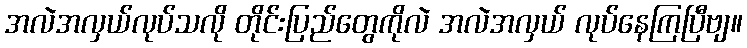
အလဲအလှယ်လုပ်သလို တိုင်းပြည်တွေကိုလဲ အလဲအလှယ် လုပ်နေကြပြီဗျ။